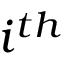
i ^ { t h }